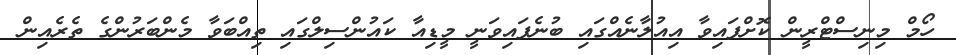
ހޯމް މިނިސްޓްރީން ކޮށްފައިވާ އިއުލާނެއްގައި ބުނެފައިވަނީ މީޑިއާ ކައުންސިލްގައި ތިއްބަވާ މެންބަރުންގެ ތެރެއިން